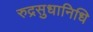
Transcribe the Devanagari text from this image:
रुद्रसुधानिधि